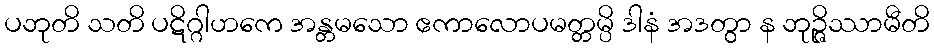
ပဘုတိ သတိ ပဋိဂ္ဂါဟကေ အန္တမသော ဧကာလောပမတ္တမ္ပိ ဒါနံ အဒတွာ န ဘုဉ္ဇိဿာမီတိ